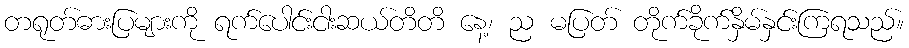
တရုတ်ဓားပြများကို ရက်ပေါင်းငါးဆယ်တိတိ နေ့၊ ည မပြတ် တိုက်ခိုက်နှိမ်နှင်းကြရသည်။